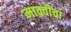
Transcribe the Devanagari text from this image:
माक्वींचा